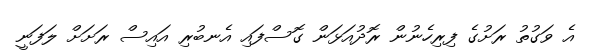
އެ ވަގުތު ރަށުގެ ފިރިހެނުން ރޮދުއަޅަން ގޮސްފައި އެނބުރި އައިސް ރަށަށް ލަފަނީ